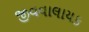
જીવવાલાયક